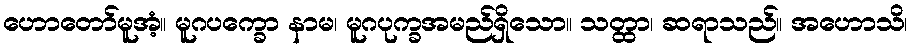
ဟောတော်မူအံ့။ မူဂပက္ခော နာမ၊ မူဂပုက္ခအမည်ရှိသော။ သတ္ထာ၊ ဆရာသည်။ အဟောသိ၊